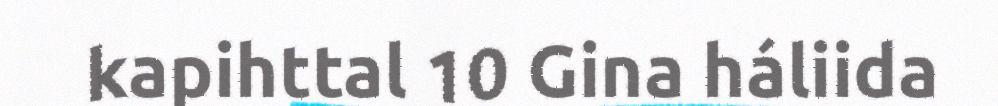
kapihttal 10 Gina háliida